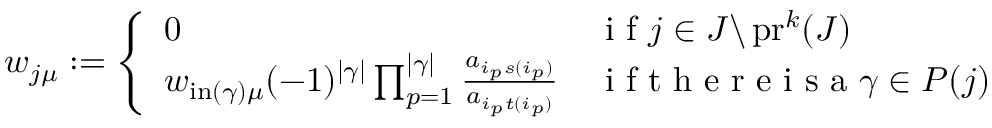
\begin{array} { r } { w _ { j \mu } : = \left\{ \begin{array} { l l } { 0 } & { \mathrm { ~ i ~ f ~ } j \in J \backslash \operatorname { p r } ^ { k } ( J ) } \\ { w _ { \operatorname { i n } ( \gamma ) \mu } ( - 1 ) ^ { | \gamma | } \prod _ { p = 1 } ^ { | \gamma | } \frac { a _ { i _ { p } s ( i _ { p } ) } } { a _ { i _ { p } t ( i _ { p } ) } } } & { \mathrm { ~ i ~ f ~ t ~ h ~ e ~ r ~ e ~ i ~ s ~ a ~ } \gamma \in P ( j ) \ } \end{array} \right. } \end{array}